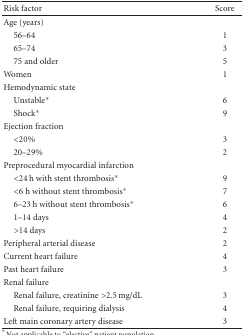
| Risk factor | Score |
 | --- | --- |
 | Age (years) |  |
 | 56–64 | 1 |
 | 65–74 | 3 |
 | 75 and older | 5 |
 | Women | 1 |
 | Hemodynamic state |  |
 | Unstable* | 6 |
 | Shock* | 9 |
 | Ejection fraction |  |
 | <20% | 3 |
 | 20–29% | 2 |
 | Preprocedural myocardial infarction |  |
 | <24 h with stent thrombosis* | 9 |
 | <6 h without stent thrombosis* | 7 |
 | 6–23 h without stent thrombosis* | 6 |
 | 1–14 days | 4 |
 | >14 days | 2 |
 | Peripheral arterial disease | 2 |
 | Current heart failure | 4 |
 | Past heart failure | 3 |
 | Renal failure |  |
 | Renal failure, creatinine >2.5 mg/dL | 3 |
 | Renal failure, requiring dialysis | 4 |
 | Left main coronary artery disease | 3 |